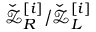
\check { \mathcal { Z } } _ { R } ^ { [ i ] } / \check { \mathcal { Z } } _ { L } ^ { [ i ] }